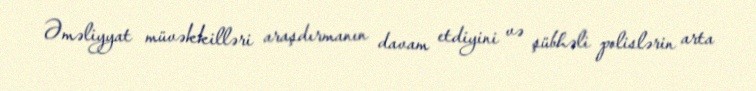
Əməliyyat müvəkkilləri araşdırmanın davam etdiyini və şübhəli polislərin arta